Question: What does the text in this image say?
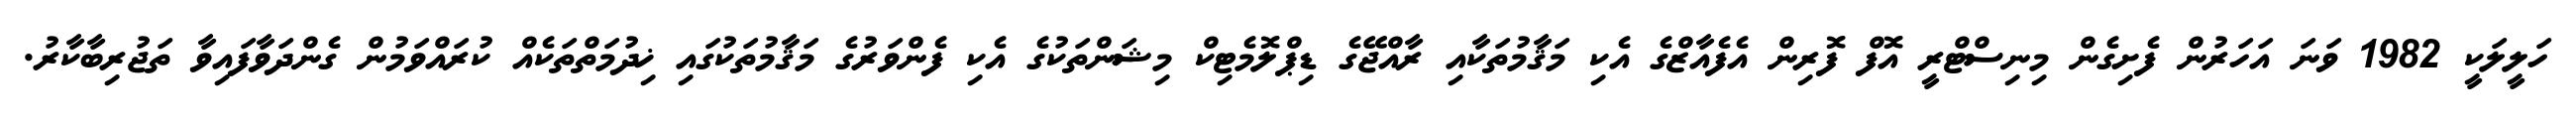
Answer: ހަލީލަކީ 1982 ވަނަ އަހަރުން ފެށިގެން މިނިސްޓްރީ އޮފް ފޮރިން އެފެއާޒްގެ އެކި މަޤާމުތަކާއި ރާއްޖޭގެ ޑިޕްލޮމެޓިކް މިޝަންތަކުގެ އެކި ފެންވަރުގެ މަޤާމުތަކުގައި ޚިދުމަތްތަކެއް ކުރައްވަމުން ގެންދަވާފައިވާ ތަޖުރިބާކާރު.